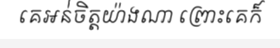
គេអន់់ចិត្តយ៉ាងណា ព្រោះគេក៏